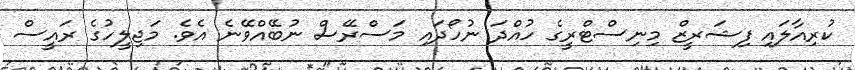
ކުރިއާލައި ފިޝަރީޒް މިނިސްޓްރީގެ ހުއްދަ ނުހޯދައި މަސްރޭސް ނުބޭއްވޭނެ އެވެ. މަޖިލީހުގެ ރައީސް